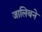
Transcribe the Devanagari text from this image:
जालिबने